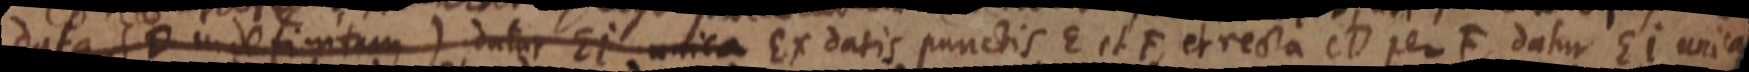
data (D indefinitum) datur unica Ex datis punctis E et F, et recta CD per F, datur Ei unita